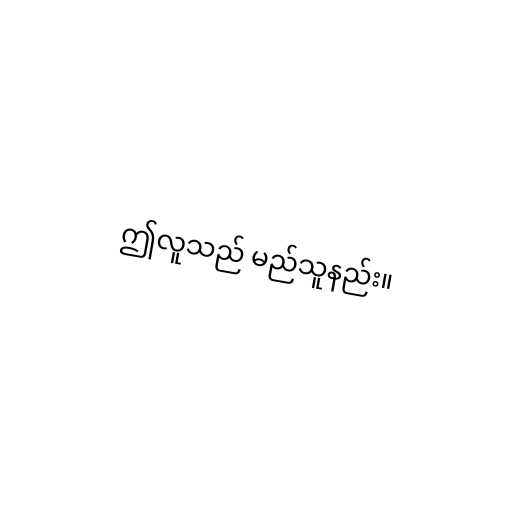
ဤလူသည် မည်သူနည်း။